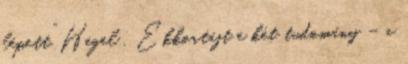
lépett” Hegel . Ekkortájt e két tudomány – a